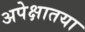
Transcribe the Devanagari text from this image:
अपेक्षातया